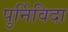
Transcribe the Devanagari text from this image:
पुर्निविदा